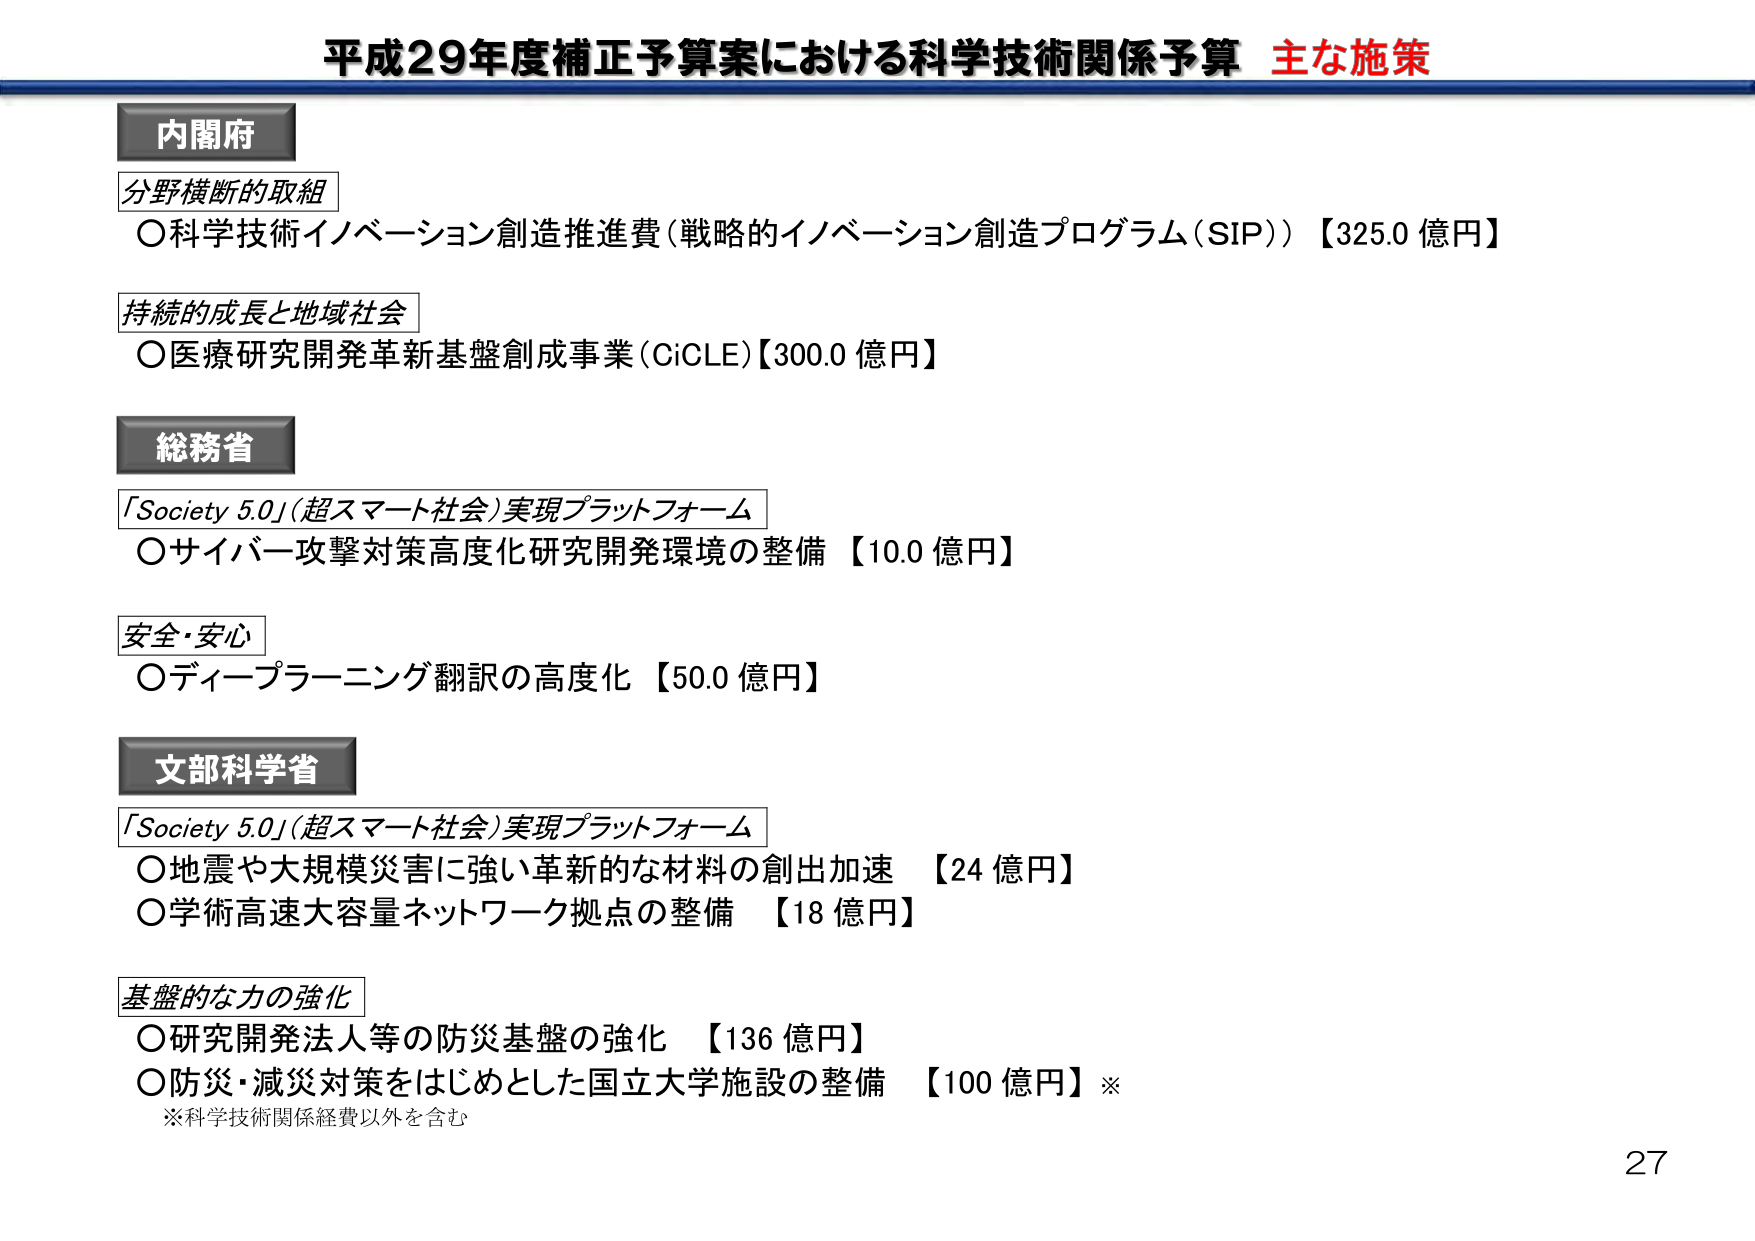
平成29年度補正予算案における科学技術関係予算 主な施策

内閣府
分野横断的取組
○科学技術イノベーション創造推進費（戦略的イノベーション創造プログラム（SIP））【325.0 億円】
持続的成長と地域社会
○医療研究開発革新基盤創成事業（CiCLE）【300.0 億円】

総務省
「Society 5.0」（超スマート社会）実現プラットフォーム
○サイバー攻撃対策高度化研究開発環境の整備 【10.0 億円】
安全・安心
○ディープラーニング翻訳の高度化 【50.0 億円】

文部科学省
「Society 5.0」（超スマート社会）実現プラットフォーム
○地震や大規模災害に強い革新的な材料の創出加速 【24 億円】
○学術高速大容量ネットワーク拠点の整備 【18 億円】
基盤的な力の強化
○研究開発法人等の防災基盤の強化 【136 億円】
○防災・減災対策をはじめとした国立大学施設の整備 【100 億円】※
※科学技術関係経費以外を含む

27